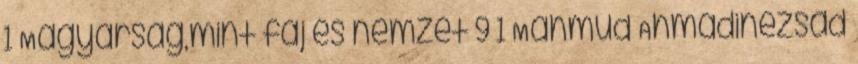
1 Magyarság,mint faj és nemzet 9 1 Mahmud Ahmadinezsád